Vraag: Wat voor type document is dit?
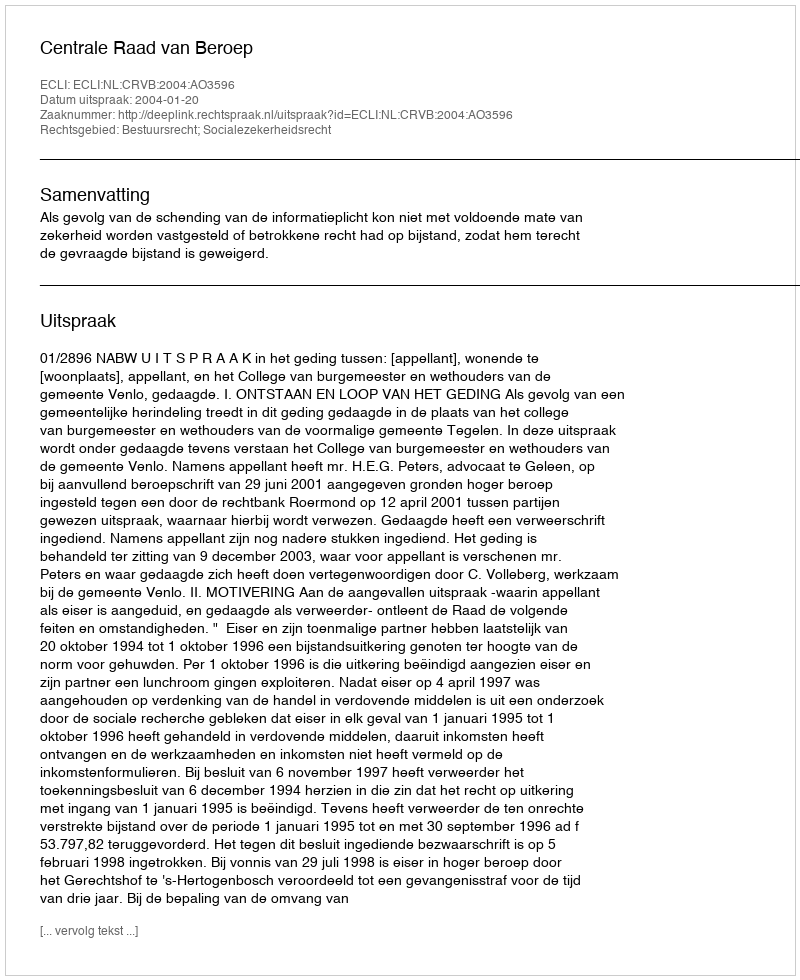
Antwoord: Uitspraak